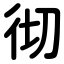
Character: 彻